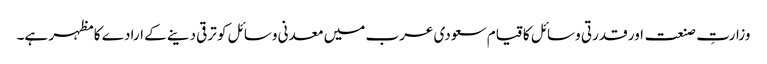
وزارتِ صنعت اور قدرتی وسائل کا قیام سعودی عرب میں معدنی وسائل کو ترقی دینے کے ارادے کا مظہر ہے۔